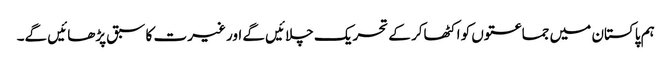
ہم پاکستان میں جماعتوں کو اکٹھاکر کے تحریک چلائیں گے اور غیرت کا سبق پڑھائیں گے۔